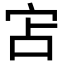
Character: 𭓥